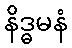
နိဒ္ဓမနံ